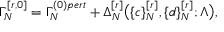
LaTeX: \Gamma _ { N } ^ { [ r , 0 ] } = \Gamma _ { N } ^ { ( 0 ) p e r t } + \Delta _ { N } ^ { [ r ] } \big ( \{ c \} _ { N } ^ { [ r ] } , \{ d \} _ { N } ^ { [ r ] } ; \Lambda \big ) ,